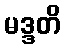
မဒ္ဒတိ